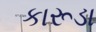
કારૂડા